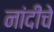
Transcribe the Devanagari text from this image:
नांदीचे